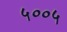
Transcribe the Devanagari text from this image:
५००५